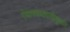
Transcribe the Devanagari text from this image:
ऐयाफ्यथ्लायोकुथ्ल